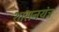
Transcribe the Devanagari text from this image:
शासनयंत्र